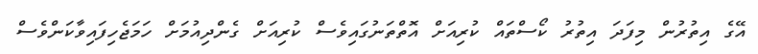
އޭގެ އިތުރުން މިފަދަ އިތުރު ކޯސްތައް ކުރިއަށް އޮތްތަނުގައިވެސް ކުރިއަށް ގެންދިއުމަށް ހަމަޖެހިފައިވާކަންވެސް